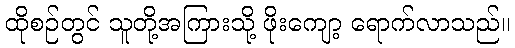
ထိုစဉ်တွင် သူတို့အကြားသို့ ဖိုးကျော့ ရောက်လာသည်။